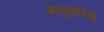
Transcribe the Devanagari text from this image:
मलूकपंथ